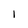
Character: 1